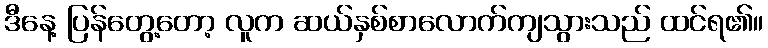
ဒီနေ့ ပြန်တွေ့တော့ လူက ဆယ်နှစ်စာလောက်ကျသွားသည် ထင်ရ၏။